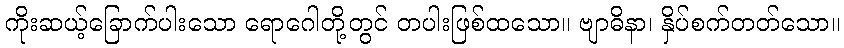
ကိုးဆယ့်ခြောက်ပါးသော ရောဂေါတို့တွင် တပါးဖြစ်ထသော။ ဗျာဓိနာ၊ နှိပ်စက်တတ်သော။